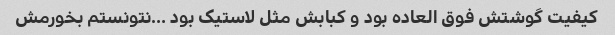
کیفیت گوشتش فوق العاده بود و کبابش مثل لاستیک بود …نتونستم بخورمش